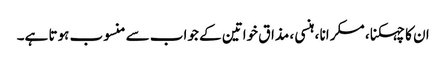
ان کا چہکنا ، مسکرانا ، ہنسی ، مذاق خواتین کے جواب سے منسوب ہوتا ہے۔